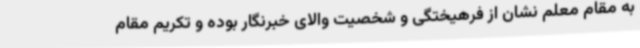
به مقام معلم نشان از فرهیختگی و شخصیت والای خبرنگار بوده و تکریم مقام